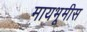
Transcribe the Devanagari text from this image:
मायभूमीस